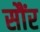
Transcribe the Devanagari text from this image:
सौंर